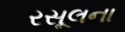
રસૂલના